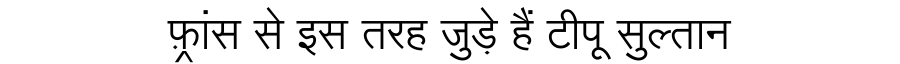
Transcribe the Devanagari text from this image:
फ़्रांस से इस तरह जुड़े हैं टीपू सुल्तान